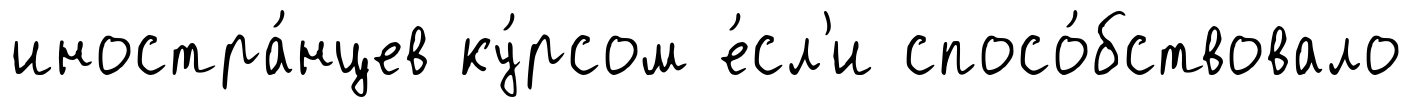
иностра́нцев ку́рсом е́сл'и спосо́бствовало